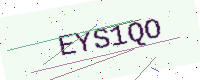
Text: EYS1QO